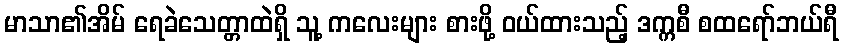
မာသာ၏အိမ် ရေခဲသေတ္တာထဲရှိ သူ့ ကလေးများ စားဖို့ ဝယ်ထားသည့် ဒက္ကစီ စထရော်ဘယ်ရီ